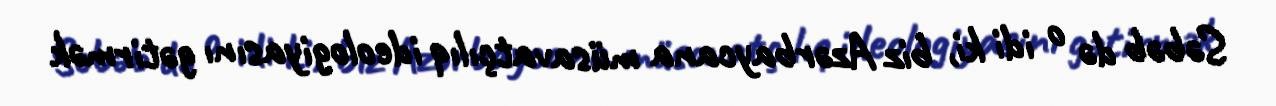
Səbəb də o idi ki, biz Azərbaycana müsavatçılıq ideologiyasını gətirmək